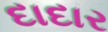
દાદાર